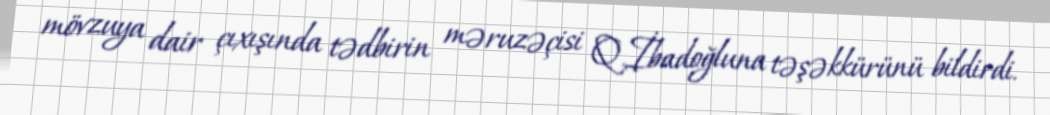
mövzuya dair çıxışında tədbirin məruzəçisi Q.İbadoğluna təşəkkürünü bildirdi.